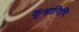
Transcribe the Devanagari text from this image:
कृश्नागिरि